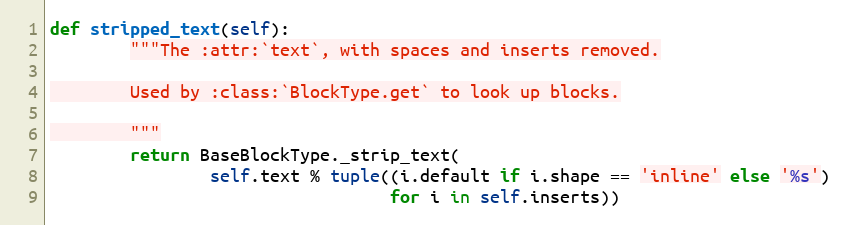
Language: Python
def stripped_text(self):
        """The :attr:`text`, with spaces and inserts removed.

        Used by :class:`BlockType.get` to look up blocks.

        """
        return BaseBlockType._strip_text(
                self.text % tuple((i.default if i.shape == 'inline' else '%s')
                                  for i in self.inserts))